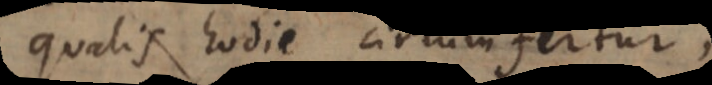
qualis vulgo circumfertur